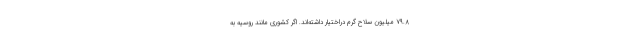
۷۹.۸ میلیون سلاح گرم دراختیار داشته‌اند. اگر کشوری مانند روسیه به